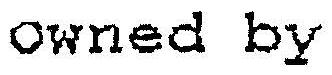
OWNED BY